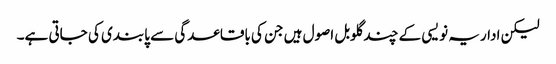
لیکن اداریہ نویسی کے چند گلوبل اصول ہیں جن کی باقاعدگی سے پابندی کی جاتی ہے۔